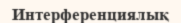
Интерференциялық